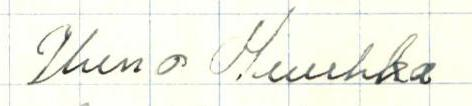
Uuno Huuhka